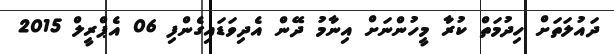
ދައުލަތަށް ހިދުމަތް ކުރާ މީހުންނަށް އިނާމު ދޭން އެދިވަޑައިގެންފި 06 އެޕްރީލް 2015